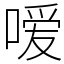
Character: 嗳